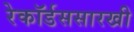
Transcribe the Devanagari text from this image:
रेकॉर्डससारखी